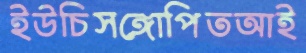
ইউচিসঙ্গোপিতআই